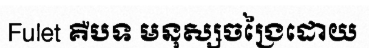
Fulet គឺបទ មនុស្សចង្រៃដោយ